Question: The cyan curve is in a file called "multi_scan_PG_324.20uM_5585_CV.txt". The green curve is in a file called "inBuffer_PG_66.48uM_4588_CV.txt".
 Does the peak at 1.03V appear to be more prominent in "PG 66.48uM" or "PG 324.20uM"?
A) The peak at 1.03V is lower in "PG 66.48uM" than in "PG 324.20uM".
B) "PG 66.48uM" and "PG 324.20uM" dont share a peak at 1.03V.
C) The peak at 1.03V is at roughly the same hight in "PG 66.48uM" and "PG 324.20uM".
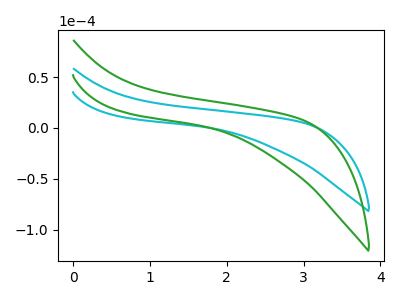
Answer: <think>The cyan curve "PG 324.20uM" has no peaks. The green curve "PG 66.48uM" has no peaks.</think>
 <answer>B) "PG 66.48uM" and "PG 324.20uM" dont share a peak at 1.03V.</answer>
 <eval>B</eval>